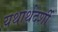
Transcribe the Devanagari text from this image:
यथार्थदर्शी